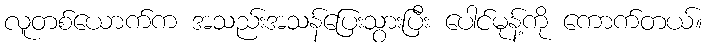
လူတစ်ယောက်က အသည်းအသန်ပြေးသွားပြီး ပေါင်မုန့်ကို ကောက်တယ်။